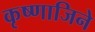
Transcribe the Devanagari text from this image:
कृष्णाजिने